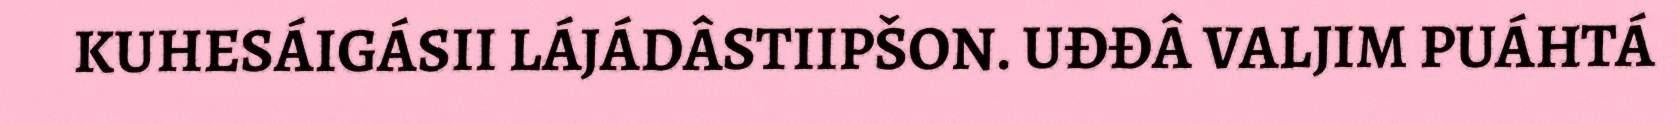
KUHESÁIGÁSII LÁJÁDÂSTIIPŠON. UĐĐÂ VALJIM PUÁHTÁ